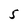
Character: 5